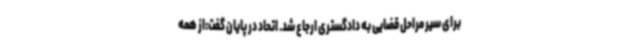
برای سیر مراحل قضایی به دادگستری ارجاع شد. اتحاد در پایان گفت:از همه